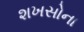
શખસોના